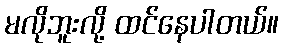
မလိုဘူးလို့ ထင်နေပါတယ်။